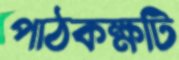
পাঠকক্ষটি